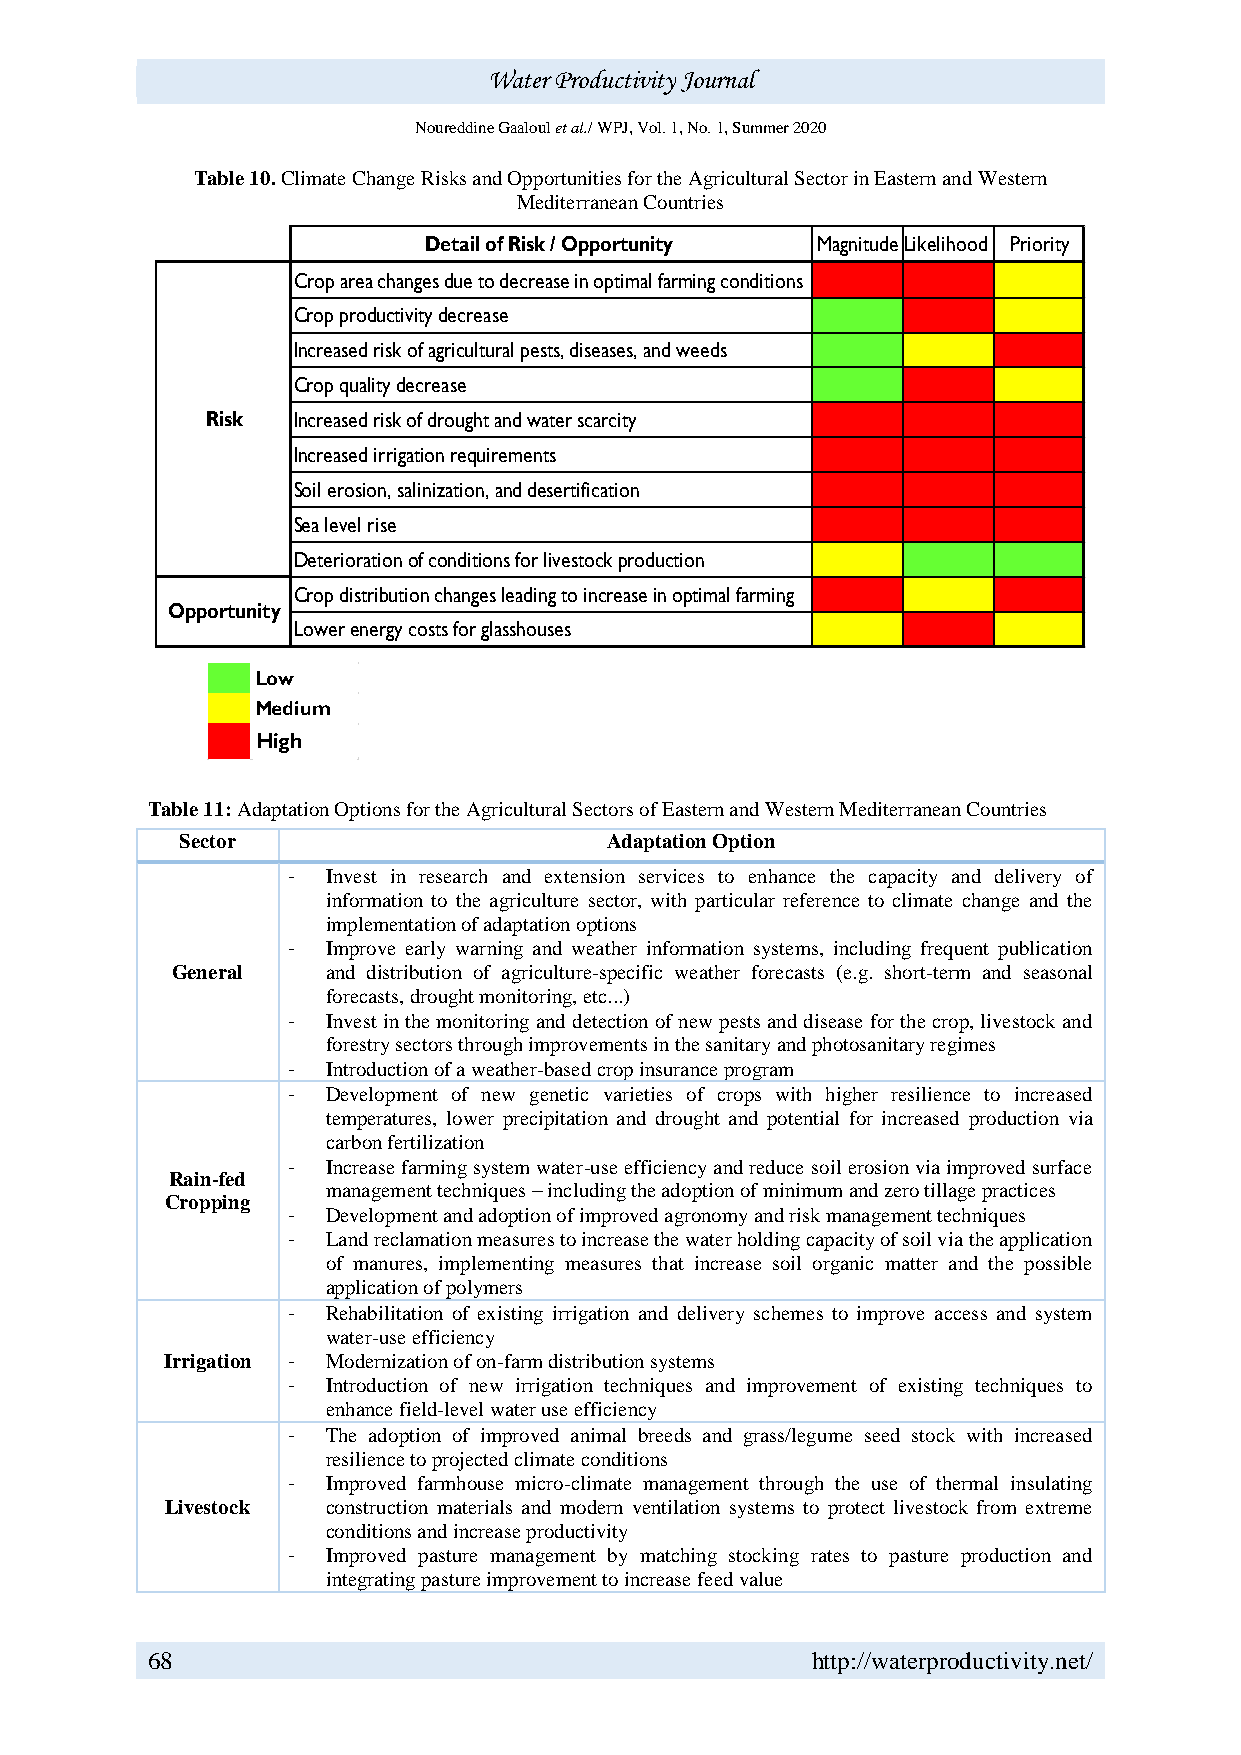
Water Productivity Journal
 Noureddine Gaaloul et al./ WPJ, Vol. 1, No. 1, Summer 2020
 Table 10. Climate Change Risks and Opportunities for the Agricultural Sector in Eastern and Western
 Mediterranean Countries
 Detail of Risk / Opportunity MagnitudeLikelihood Priority
 Crop area changes due to decrease in optimal farming conditions
 Crop productivity decrease
 Increased risk of agricultural pests, diseases, and weeds
 Crop quality decrease
 Risk Increased risk of drought and water scarcity
 Increased irrigation requirements
 Soil erosion, salinization, and desertification
 Sea level rise
 Deterioration of conditions for livestock production
 Crop distribution changes leading to increase in optimal farming
 Opportunity
 Lower energy costs for glasshouses
 Low
 Medium
 High
 Table 11: Adaptation Options for the Agricultural Sectors of Eastern and Western Mediterranean Countries
 Sector                      Adaptation Option
 -  Invest in research and extension services to enhance the capacity and delivery of
 information to the agriculture sector, with particular reference to climate change and the
 implementation of adaptation options
 -  Improve early warning and weather information systems, including frequent publication
 General    and distribution of agriculture-specific weather forecasts (e.g. short-term and seasonal
 forecasts, drought monitoring, etc...)
 -  Invest in the monitoring and detection of new pests and disease for the crop, livestock and
 forestry sectors through improvements in the sanitary and photosanitary regimes
 -  Introduction of a weather-based crop insurance program
 -  Development of new genetic varieties of crops with higher resilience to increased
 temperatures, lower precipitation and drought and potential for increased production via
 carbon fertilization
 -  Increase farming system water-use efficiency and reduce soil erosion via improved surface
 Rain-fed
 management techniques – including the adoption of minimum and zero tillage practices
 Cropping
 -  Development and adoption of improved agronomy and risk management techniques
 -  Land reclamation measures to increase the water holding capacity of soil via the application
 of manures, implementing measures that increase soil organic matter and the possible
 application of polymers
 -  Rehabilitation of existing irrigation and delivery schemes to improve access and system
 water-use efficiency
 Irrigation - Modernization of on-farm distribution systems
 -  Introduction of new irrigation techniques and improvement of existing techniques to
 enhance field-level water use efficiency
 -  The adoption of improved animal breeds and grass/legume seed stock with increased
 resilience to projected climate conditions
 -  Improved farmhouse micro-climate management through the use of thermal insulating
 Livestock  construction materials and modern ventilation systems to protect livestock from extreme
 conditions and increase productivity
 -  Improved pasture management by matching stocking rates to pasture production and
 integrating pasture improvement to increase feed value
 68                                          http://waterproductivity.net/